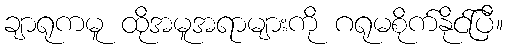
ချာရုကမူ ထိုအမူအရာများကို ဂရုမစိုက်နိုင်ပြီ။